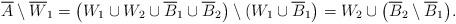
LaTeX: \begin{align*} \overline{A}\setminus\overline{W}_1 =\big(W_1\cup W_2\cup\overline{B}_1\cup\overline{B}_2\big)\setminus(W_1\cup\overline{B}_1\big) =W_2\cup\big(\overline{B}_2\setminus\overline{B}_1\big).\end{align*}